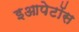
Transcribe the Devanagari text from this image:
इआपेटॉस